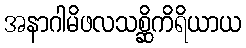
အနာဂါမိဖလသစ္ဆိကိရိယာယ